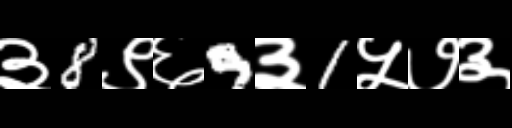
Text: ३8९६9३1५७३